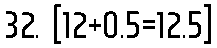
32. [12+0.5=12.5]